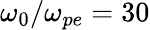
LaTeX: \omega_{0}/\omega_{pe}=30